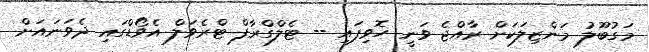
މަގުބޫލު މަންޒިލަކަށް ރާއްޖެ ވަނީ ހޮވިފައި -- ޓެލްގްރާފް ޓްްރެވަލް އެވޯޑްގައި ދެވަނައަށް